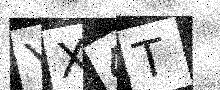
Text: YX4T